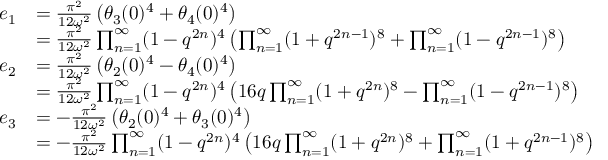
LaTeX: \begin{array} { r l } { { e _ { 1 } } } & { { = { \frac { \pi ^ { 2 } } { 1 2 \omega ^ { 2 } } } \left( \theta _ { 3 } ( 0 ) ^ { 4 } + \theta _ { 4 } ( 0 ) ^ { 4 } \right) } } \\ { { } } & { { = { \frac { \pi ^ { 2 } } { 1 2 \omega ^ { 2 } } } \prod _ { n = 1 } ^ { \infty } ( 1 - q ^ { 2 n } ) ^ { 4 } \left( \prod _ { n = 1 } ^ { \infty } ( 1 + q ^ { 2 n - 1 } ) ^ { 8 } + \prod _ { n = 1 } ^ { \infty } ( 1 - q ^ { 2 n - 1 } ) ^ { 8 } \right) } } \\ { { e _ { 2 } } } & { { = { \frac { \pi ^ { 2 } } { 1 2 \omega ^ { 2 } } } \left( \theta _ { 2 } ( 0 ) ^ { 4 } - \theta _ { 4 } ( 0 ) ^ { 4 } \right) } } \\ { { } } & { { = { \frac { \pi ^ { 2 } } { 1 2 \omega ^ { 2 } } } \prod _ { n = 1 } ^ { \infty } ( 1 - q ^ { 2 n } ) ^ { 4 } \left( 1 6 q \prod _ { n = 1 } ^ { \infty } ( 1 + q ^ { 2 n } ) ^ { 8 } - \prod _ { n = 1 } ^ { \infty } ( 1 - q ^ { 2 n - 1 } ) ^ { 8 } \right) } } \\ { { e _ { 3 } } } & { { = - { \frac { \pi ^ { 2 } } { 1 2 \omega ^ { 2 } } } \left( \theta _ { 2 } ( 0 ) ^ { 4 } + \theta _ { 3 } ( 0 ) ^ { 4 } \right) } } \\ { { } } & { { = - { \frac { \pi ^ { 2 } } { 1 2 \omega ^ { 2 } } } \prod _ { n = 1 } ^ { \infty } ( 1 - q ^ { 2 n } ) ^ { 4 } \left( 1 6 q \prod _ { n = 1 } ^ { \infty } ( 1 + q ^ { 2 n } ) ^ { 8 } + \prod _ { n = 1 } ^ { \infty } ( 1 + q ^ { 2 n - 1 } ) ^ { 8 } \right) } } \end{array}